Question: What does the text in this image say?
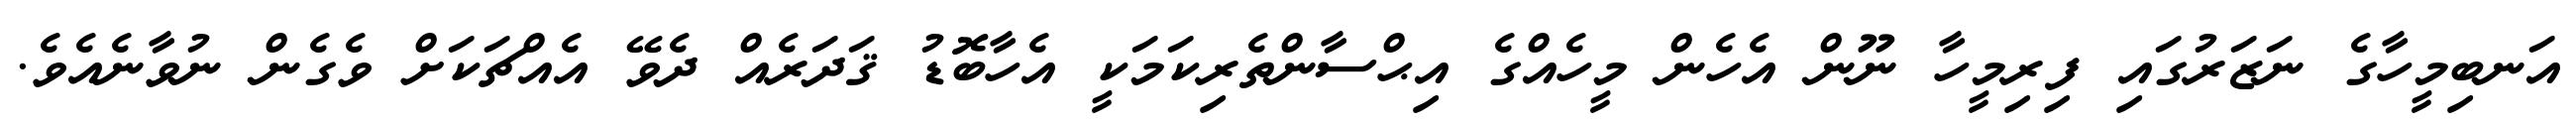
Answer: އަނބިމީހާގެ ނަޒަރުގައި ފިރިމީހާ ނޫން އެހެން މީހެއްގެ އިޙްސާންތެރިކަމަކީ އެހާބޮޑު ޤަދަރެއް ދެވޭ އެއްޗަކަށް ވެގެން ނުވާނެއެވެ.